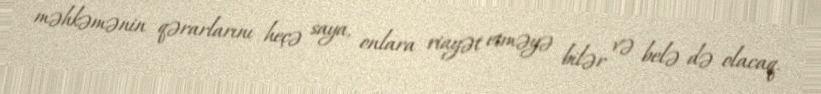
məhkəmənin qərarlarını heçə saya, onlara riayət etməyə bilər və belə də olacaq.